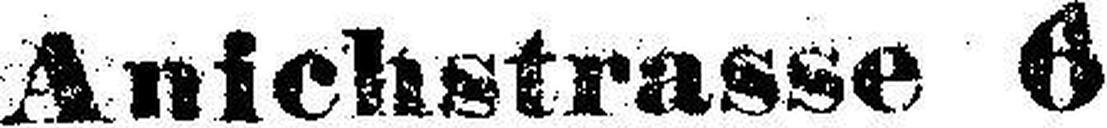
Anichstrasse 6